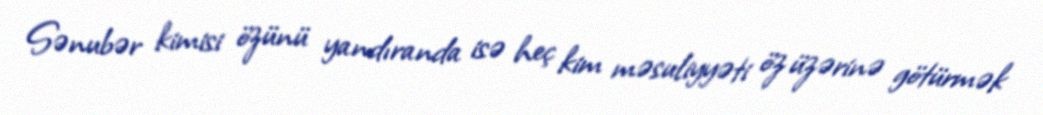
Sənubər kimisi özünü yandıranda isə heç kim məsuliyyəti öz üzərinə götürmək